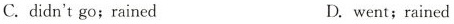
C.didn't go;rained D.went;rained